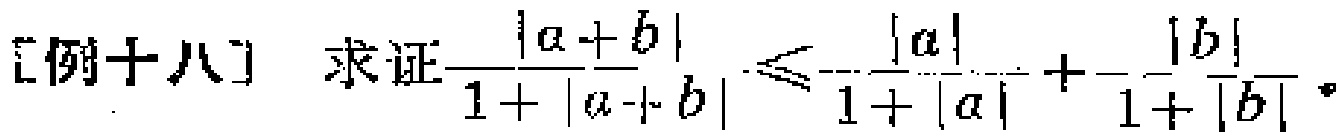
[例十八] 求证$\frac{|a + b|}{1 + |a + b|} \leq \frac{|a|}{1 + |a|} + \frac{|b|}{1 + |b|}$。